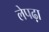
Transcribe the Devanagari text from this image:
लेपढ़ा